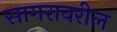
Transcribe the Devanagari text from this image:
सागरावरील